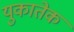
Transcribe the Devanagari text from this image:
युकातेक